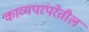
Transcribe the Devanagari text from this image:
काव्यपरंपरेतील